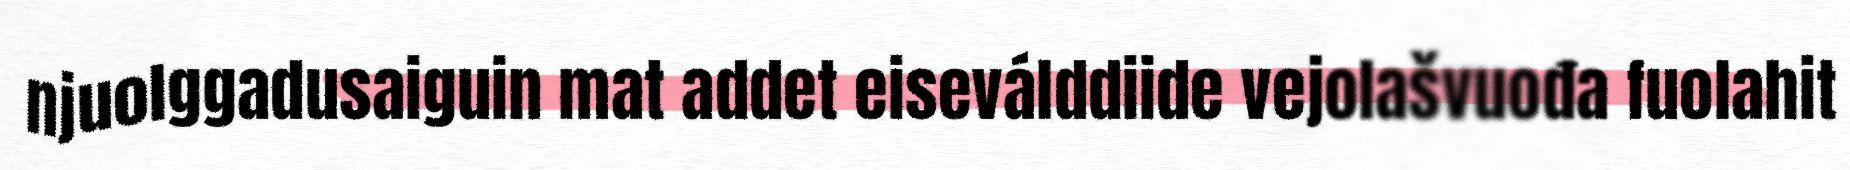
njuolggadusaiguin mat addet eiseválddiide vejolašvuođa fuolahit